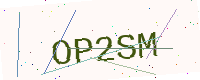
Text: OP2SM